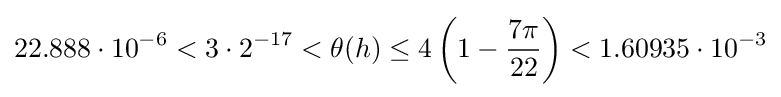
22.888\cdot 10^{-6}<3\cdot 2^{-17}<\theta (h)\leq 4\left(1-{\frac {7\pi }{22}}\right)<1.60935\cdot 10^{-3}